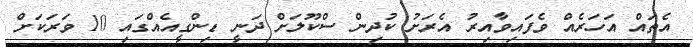
އެތައް އަހަރެއް ވެފައިވާއިރު އެރަށު ކުދިން ސްކޫލަށް ދަނީ ޑިންގީއެއްގައި 10 ވަރަކަށް